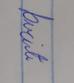
Signature authenticity: genuine